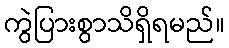
ကွဲပြားစွာသိရှိရမည်။